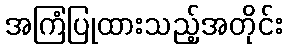
အကြံပြုထားသည့်အတိုင်း